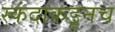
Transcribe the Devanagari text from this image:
स्कंदाकडूनच